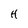
Character: H